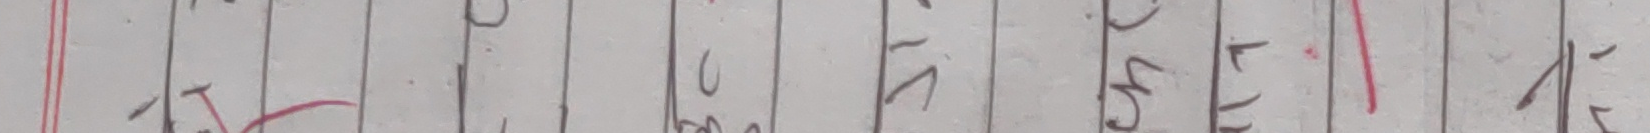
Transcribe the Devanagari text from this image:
त्र ८ ६ ५ १५